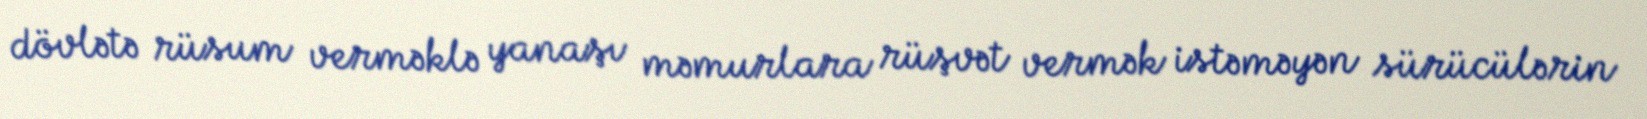
dövlətə rüsum verməklə yanaşı məmurlara rüşvət vermək istəməyən sürücülərin